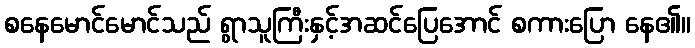
စနေမောင်မောင်သည် ရွာသူကြီးနှင့်အဆင်ပြေအောင် စကားပြော နေ၏။